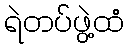
ရဲတပ်ဖွဲ့ထံ